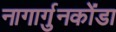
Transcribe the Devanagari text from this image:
नागार्गुनकोंडा